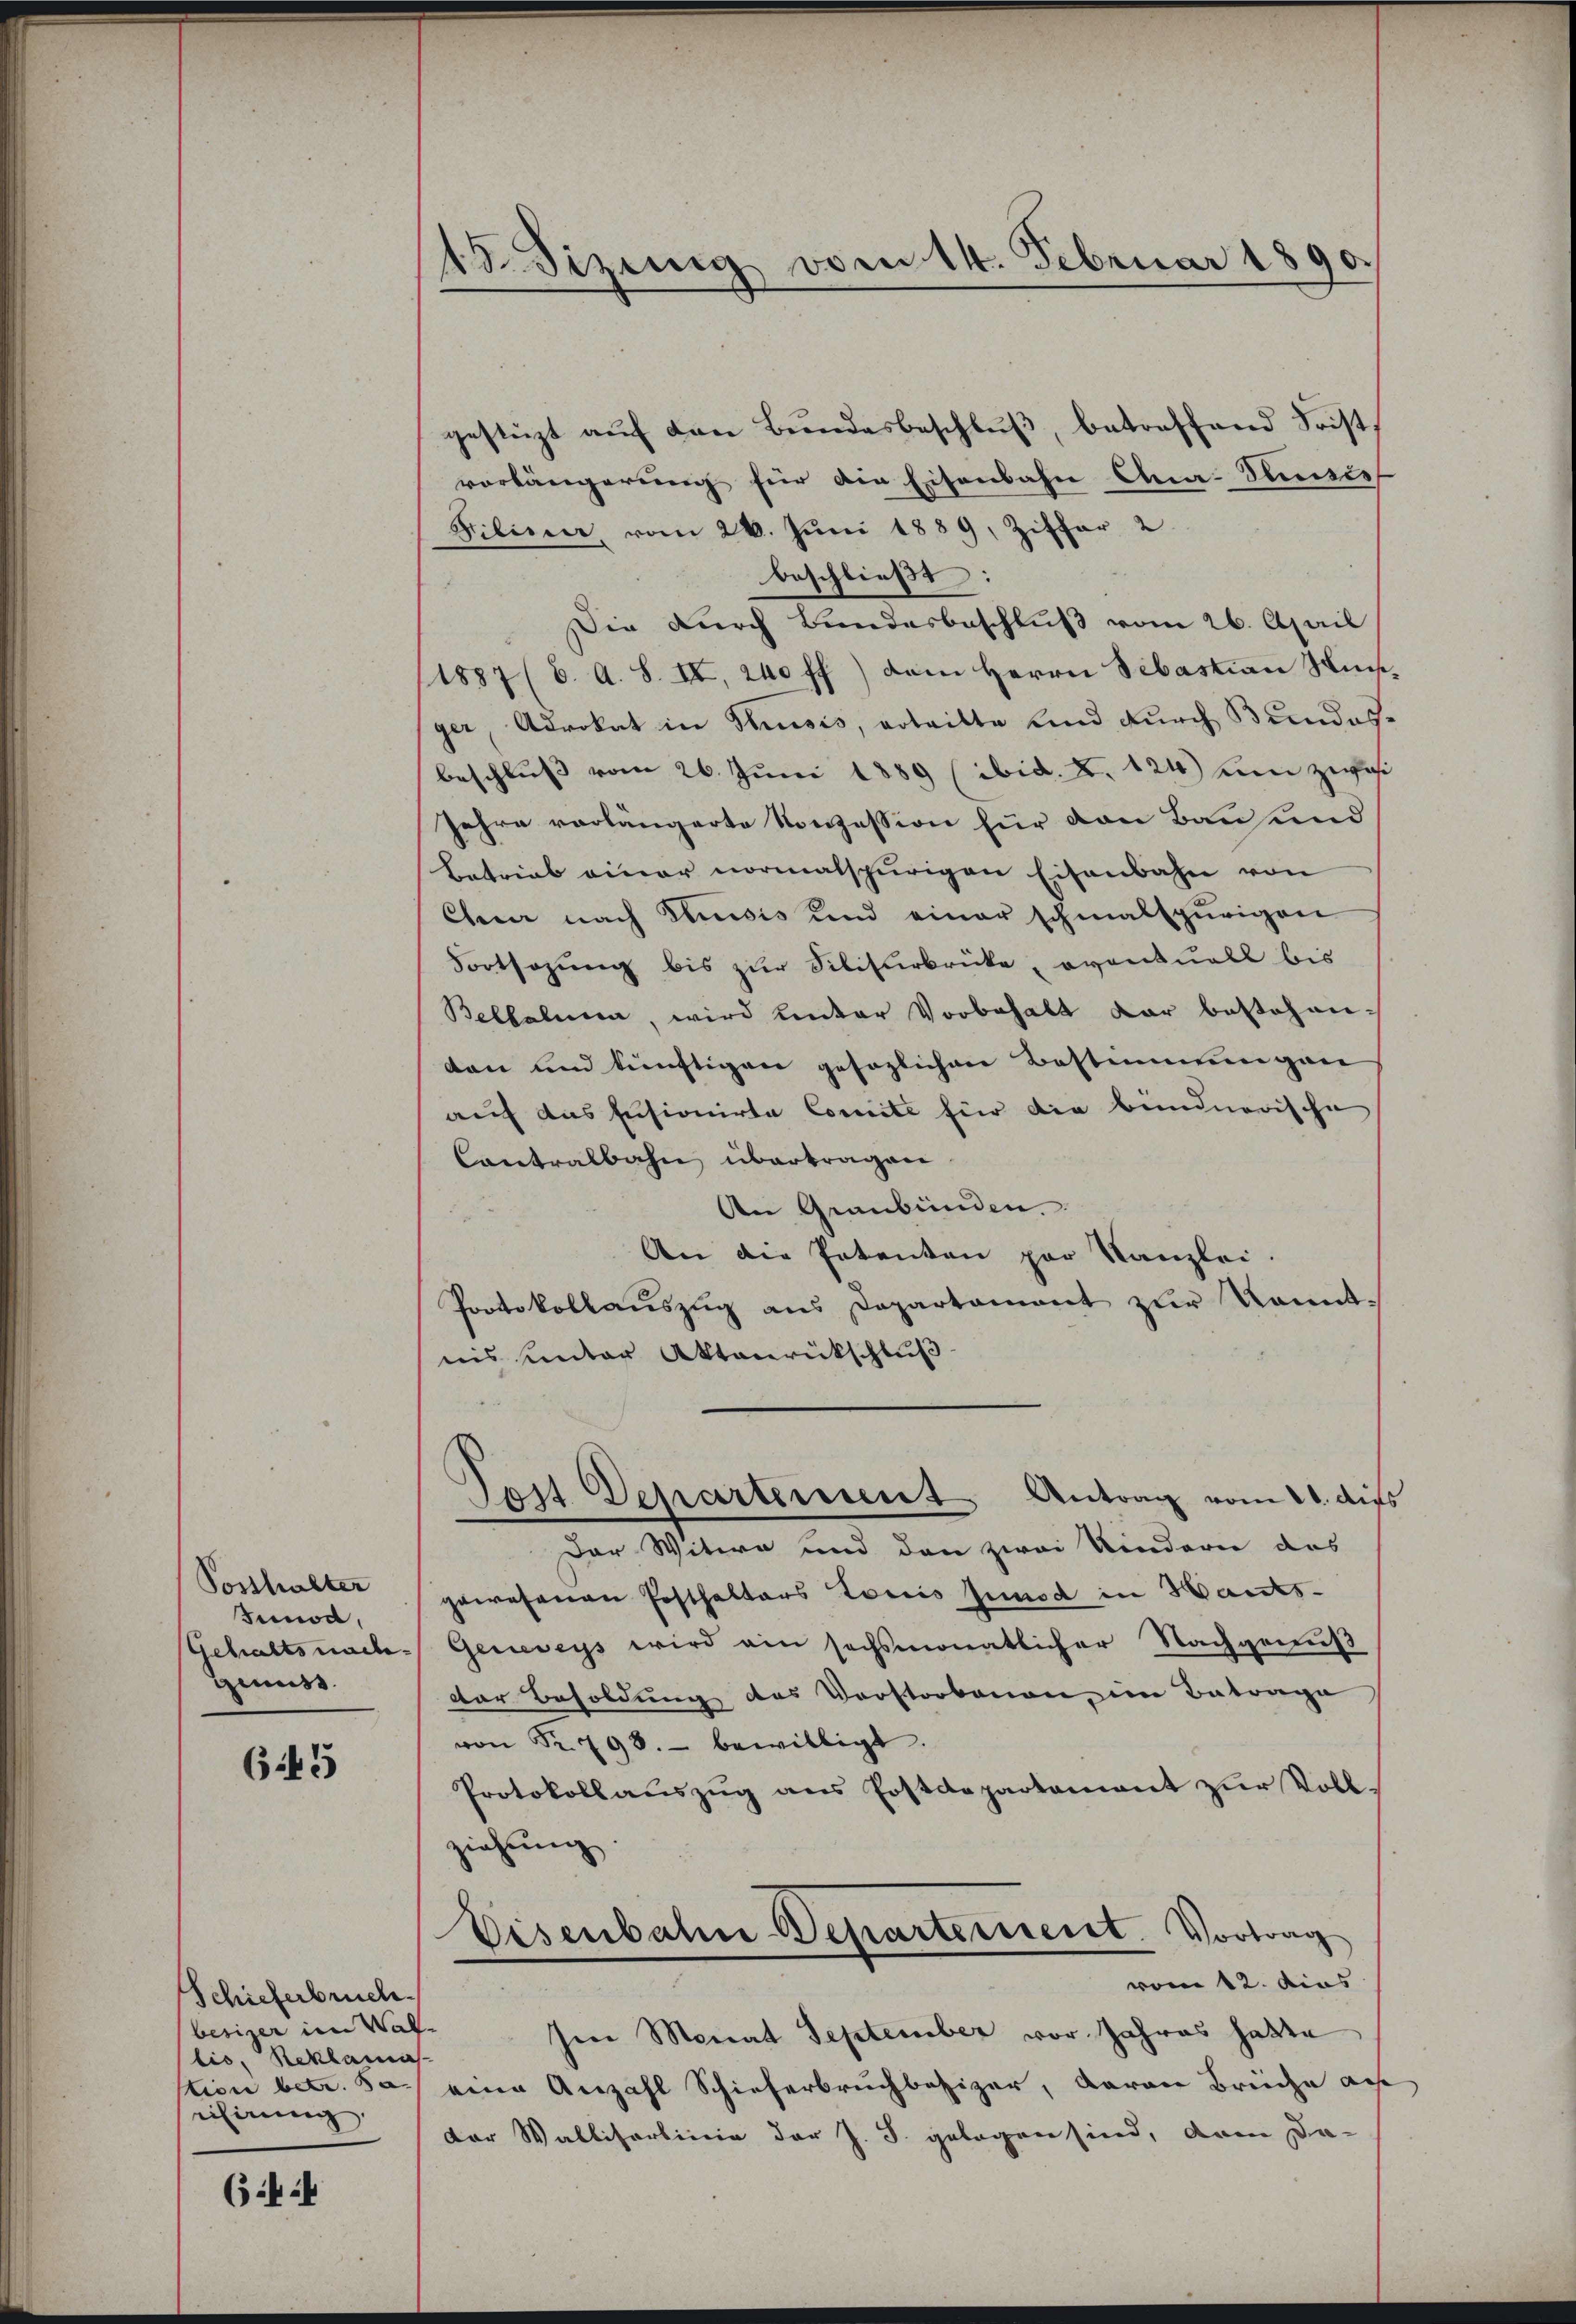
Posthalter
Junod,
Gehalts nach¬
Genuss.

645

Schieferbruch.
besizer im Wallis, Reklamas
tion betr. da
eifirung

(:4

.
adsizung vom 14. Februar 1890.

gestüzt auf den Bundesbeschluß, betreffend Frist
vorlängerung für die Eisenbahn Ana-Tauwes
Filisier vom 20. Jŭni 1889, Ziffer 2
beschließt:
Die durch Bundesbeschluß vom 26. April
/1887 (6. A. S. II, 240 ff.) dem Herrn Sebastian Ninsger, Advokat in Strisis, erteilte und durch Bundesbeschluß vom 26. Juni 1889 (ibid. §. 124) um zwei
Jahre vorlängerte Konzession für den Bau und
Betrieb einer normalspurigen Eisenbahn von
Chur nach densis und einer schmalspurigen
Fortsazung bis zur Silisurbrücke, oventuell bis
Belkalma, wird unter Vorbehalt dar bestehen-
den und künftigen gesezlichen Bestimmungen
auf das Ensionirte Comite für die bundnerische
Contralbahn übertragen
An Graubünden.
An die Petenten par Kanzlei.
Protokollaŭszŭg ans Departament zur kannt.
nis unter Aktenrückschluß
Post Departement Antrag vom 21. dies
Der Witwe und den zwei Kindern das
gewesenen Posthalters Lociis Junod in Hants-
Geneveys wird ein sechsmonatlicher Nachgenuß
der Besoldung des Vorstorbenen im Betrage
von Sr. 798. bewilligt.
Protokoll aŭszŭg ans Postdepartamant zŭr Voll.
ziehung
Eisenbahn-Departement. Vortrag
vom 12. dies
Ien Monat September vor Jahres hatte
eine Anzahl Schieherbruchbesizer, daran Brüche au
der Walliserlinie der J. J. gelegen sind, deren Da-